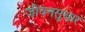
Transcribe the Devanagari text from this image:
जीवनसुधार